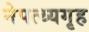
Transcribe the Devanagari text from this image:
नेपत्थ्यगृह